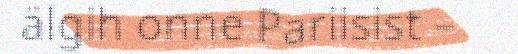
älgih onne Pariisist –